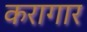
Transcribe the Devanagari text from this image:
करागार